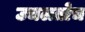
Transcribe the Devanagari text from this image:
उचलतोच